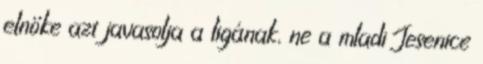
elnöke azt javasolja a ligának, ne a mladi Jesenice